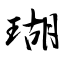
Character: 瑚